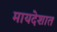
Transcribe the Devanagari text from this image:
मायदेशात